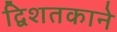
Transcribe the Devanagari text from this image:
द्विशतकाने